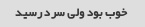
خوب بود ولی سرد رسید